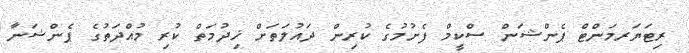
ރިޓަޔަރމަންޓް ޕެންޝަން ސްކީމް ފެށުމުގެ ކުރިން ދައުލަތަށް ޚިދުމަތް ކުރި މުއްދަތުގެ ޕެންޝަނާ